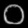
Digit: ၀